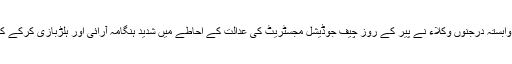
بار ایسوسی ایشن کی شہ پر کٹھوعہ بار ایسوسی ایشن اور ینگ لائرز ایسوسی ایشن سے وابستہ درجنوں وکلاء نے پیر کے روز چیف جوڈیشل مجسٹریٹ کی عدالت کے احاطے میں شدید ہنگامہ آرائی اور ہلڑبازی کرکے کرائم برانچ کے عہدیداروں کو آصفہ کیس کا چالان عدالت میں پیش کرنے سے روک دیا۔